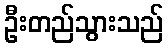
ဦးတည်သွားသည်